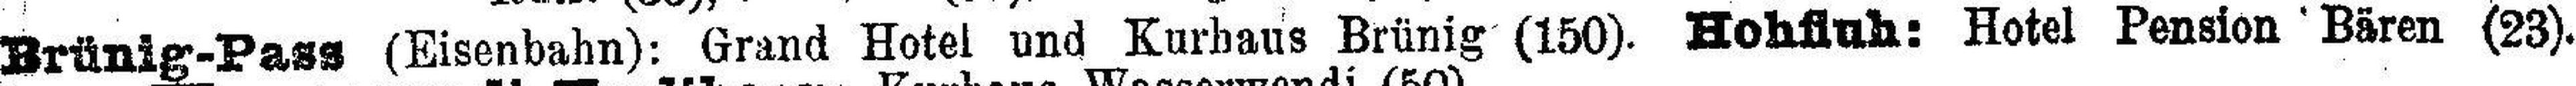
Brünig-Pass (Eisenbahn): Grand Hotel und Kurhaus Brünig (150). Hohfluh: Hotel Pension Bären (23).